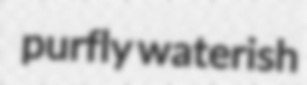
purfly waterish